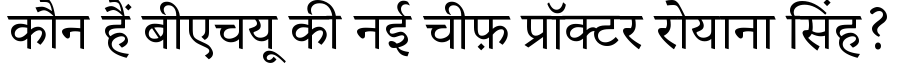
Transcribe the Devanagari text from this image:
कौन हैं बीएचयू की नई चीफ़ प्रॉक्टर रोयाना सिंह?